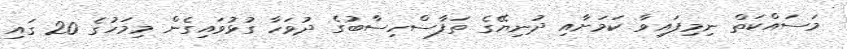
މަސައްކަތް ނިމިފައިވާ ކަމަށާއި ދުނިޔޭގެ ތަފާސްހިސާބުގެ ދުވަހާ ގުޅުވައިގެން މިމަހުގެ 20 ގައި